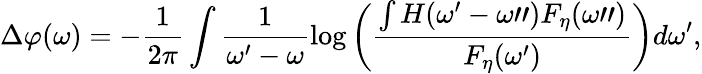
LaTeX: \Delta\varphi(\omega)=-\frac{1}{2\pi}\int\frac{1}{\omega^{\prime}-\omega}\log\left(\frac{\int H(\omega^{\prime}-\omega")F_{\eta}(\omega")}{F_{\eta}(\omega^{\prime})}\right)d\omega^{\prime},